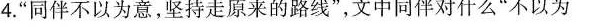
4.”同伴不以为意，坚持走原来的路线”，文中同伴对什么”不以为